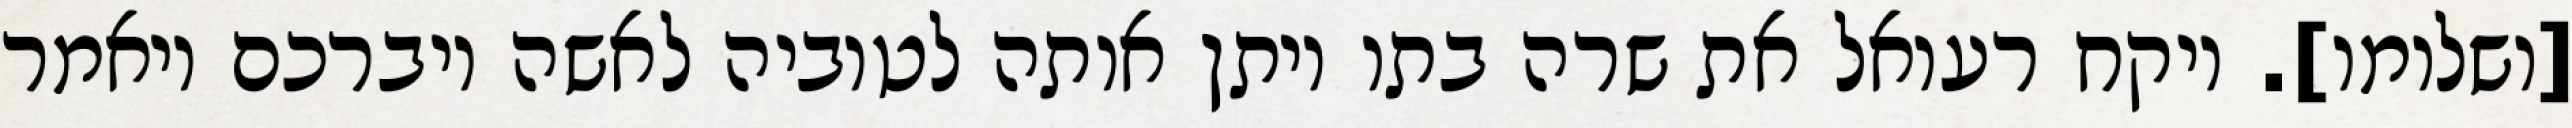
[ושלומו]. ויקח רעואל את שרה בתו ויתן אותה לטוביה לאשה ויברכם ויאמר